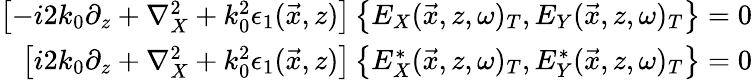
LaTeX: \begin{array}{r}{\left[-i2k_{0}\partial_{z}+\nabla_{X}^{2}+k_{0}^{2}\epsilon_{1}(\vec{x},z)\right]\left\{ E_{X}(\vec{x},z,\omega)_{T},E_{Y}(\vec{x},z,\omega)_{T}\right\} =0}\\ {\left[i2k_{0}\partial_{z}+\nabla_{X}^{2}+k_{0}^{2}\epsilon_{1}(\vec{x},z)\right]\left\{ E_{X}^{*}(\vec{x},z,\omega)_{T},E_{Y}^{*}(\vec{x},z,\omega)_{T}\right\} =0}\end{array}